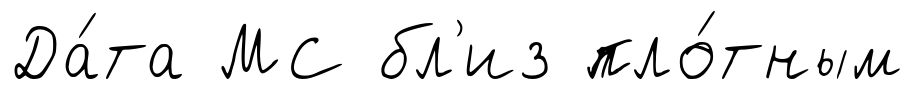
Да́та МС бл'из пло́тным